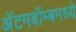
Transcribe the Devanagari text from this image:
अॅटमबॉम्बमध्ये